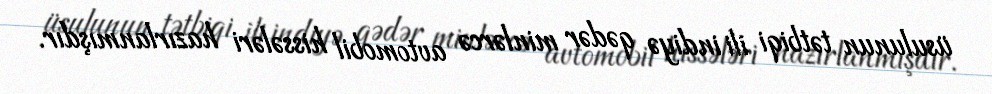
üsulunun tətbiqi ili indiyə qədər minlərcə avtomobil hissələri hazırlanmışdır.